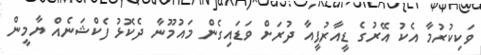
ވަކިކުރުމާ އެކު އޭރުގެ ޑީއާރުޕީއާ ދުރަށް ވަޑައިގެން މައުމޫނާ ދެކޮޅު ފެކްޝަނެއް ޔާމީން